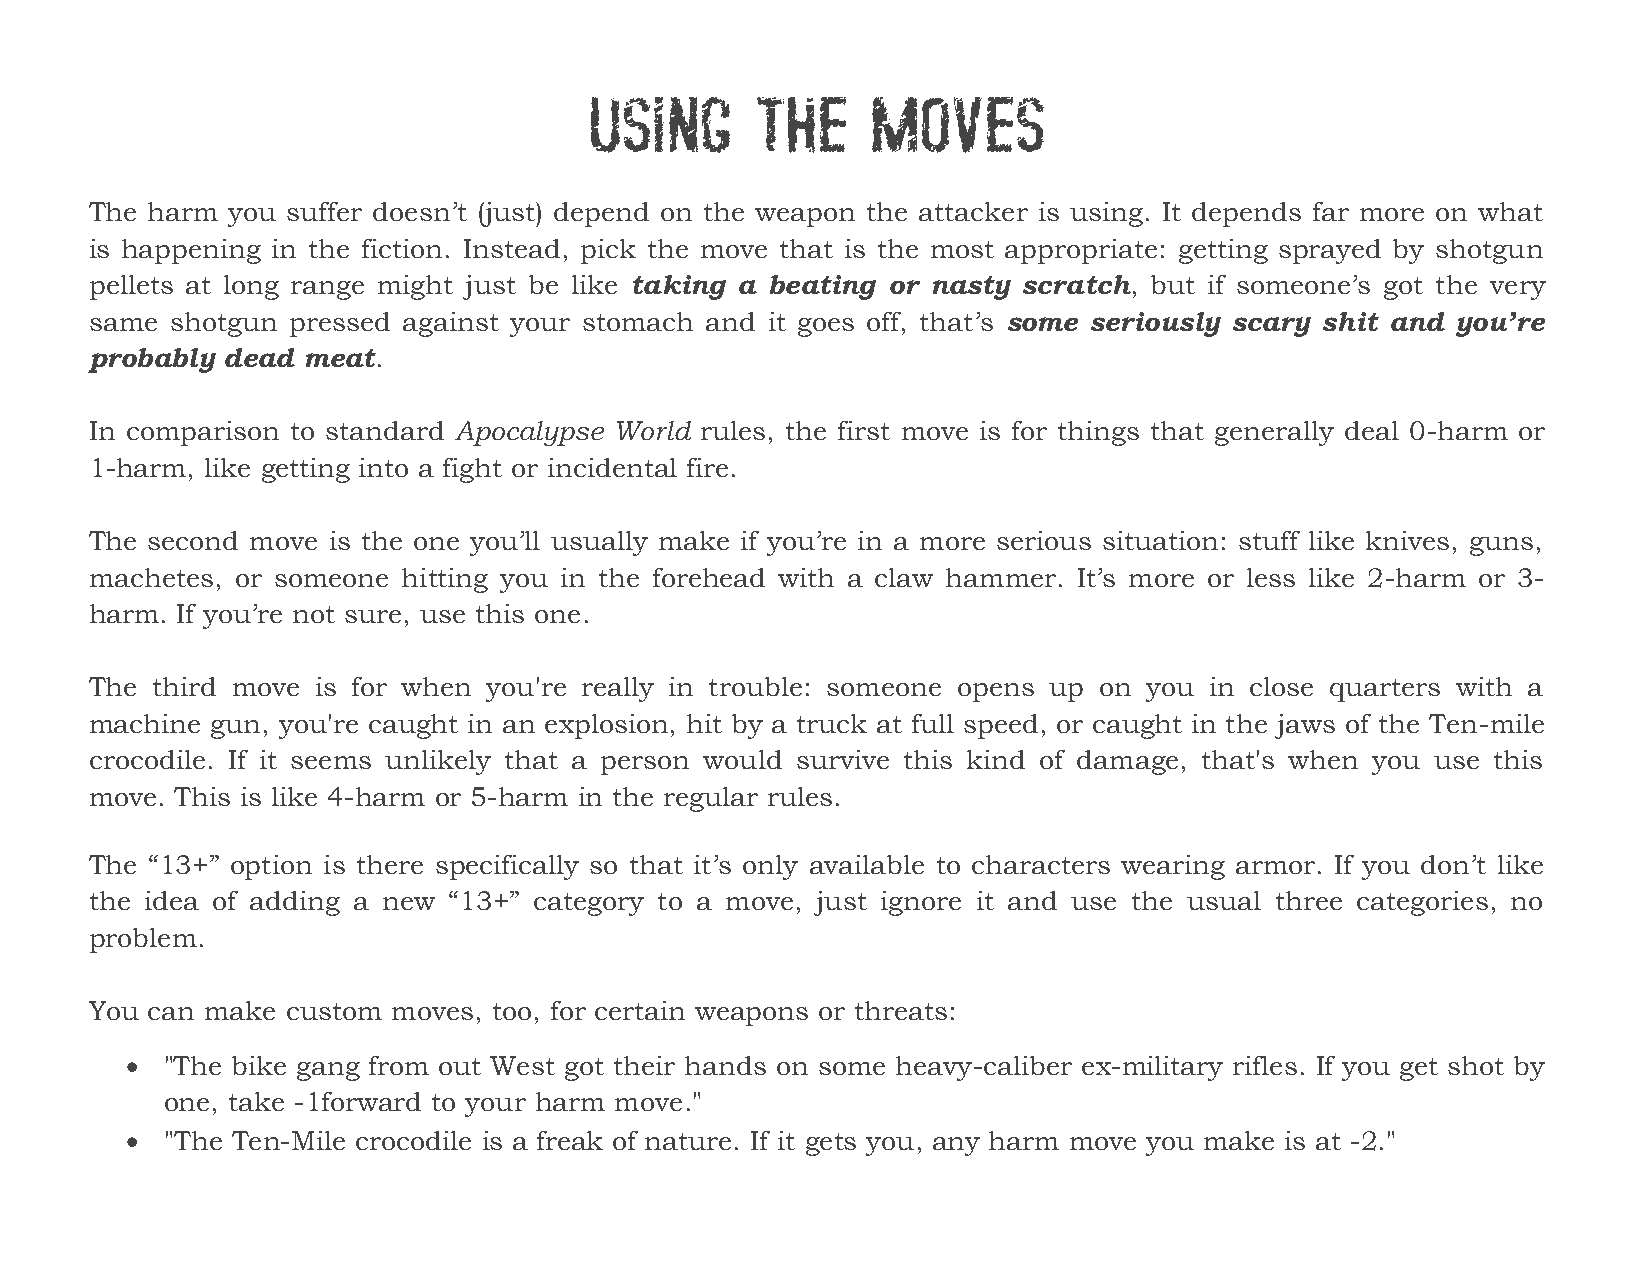
USING      THE     MOVES
 The harm you suffer doesn’t (just) depend on the weapon the attacker is using. It depends far more on what
 is happening in the fiction. Instead, pick the move that is the most appropriate: getting sprayed by shotgun
 pellets at long range might just be like taking a beating or nasty scratch, but if someone’s got the very
 same shotgun pressed against your stomach and it goes off, that’s some seriously scary shit and you’re
 probably dead meat.
 In comparison to standard Apocalypse World rules, the first move is for things that generally deal 0-harm or
 1-harm, like getting into a fight or incidental fire.
 The second move is the one you’ll usually make if you’re in a more serious situation: stuff like knives, guns,
 machetes, or someone hitting you in the forehead with a claw hammer. It’s more or less like 2-harm or 3-
 harm. If you’re not sure, use this one.
 The third move is for when you're really in trouble: someone opens up on you in close quarters with a
 machine gun, you're caught in an explosion, hit by a truck at full speed, or caught in the jaws of the Ten-mile
 crocodile. If it seems unlikely that a person would survive this kind of damage, that's when you use this
 move. This is like 4-harm or 5-harm in the regular rules.
 The “13+” option is there specifically so that it’s only available to characters wearing armor. If you don’t like
 the idea of adding a new “13+” category to a move, just ignore it and use the usual three categories, no
 problem.
 You can make custom moves, too, for certain weapons or threats:
   "The bike gang from out West got their hands on some heavy-caliber ex-military rifles. If you get shot by
 one, take -1forward to your harm move."
   "The Ten-Mile crocodile is a freak of nature. If it gets you, any harm move you make is at -2."